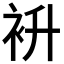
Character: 𮕭